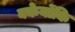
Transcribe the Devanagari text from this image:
क्केयोंकि